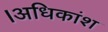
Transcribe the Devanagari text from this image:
।अधिकांश